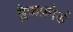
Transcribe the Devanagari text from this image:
ब्लैकफ़ोर्ड